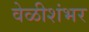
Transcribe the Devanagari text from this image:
वेळीशंभर